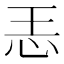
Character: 𱞂